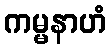
ကမ္မနာဟံ